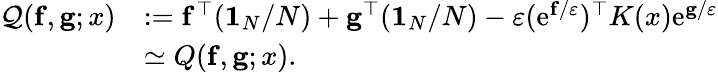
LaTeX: \begin{array}{rl}{{\mathcal Q}({\mathbf f},{\mathbf g};x)}&{:={\mathbf f}^{\top}({\mathbf 1}_{N}/N)+{\mathbf g}^{\top}({\mathbf 1}_{N}/N)-\varepsilon(\mathrm{e}^{{\mathbf f}/\varepsilon})^{\top}K(x)\mathrm{e}^{{\mathbf g}/\varepsilon}}\\ &{\simeq Q({\mathbf f},{\mathbf g};x).}\end{array}